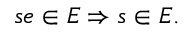
s e \in E \Rightarrow s \in E .